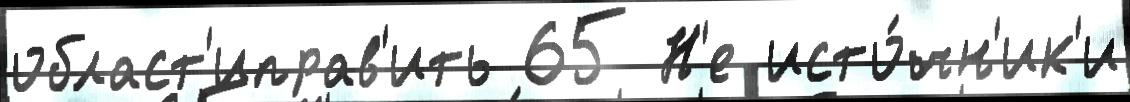
област'иправ'ить 65 Н'е исто́чн'ик'и